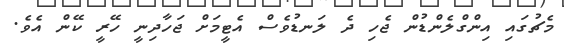
މެޗުގައި އިންގްލެންޑުން ޖެހި ދެ ލަނޑުވެސް އެޓީމަށް ޖަހާދިނީ ހޭރީ ކޭން އެވެ.